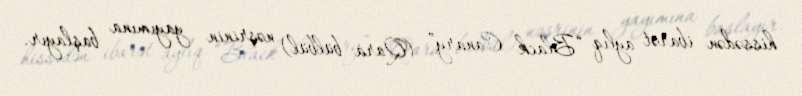
hissədən ibarət aylıq “Black Canary” (Qara bülbül) nəşrinin yayımına başlayır.